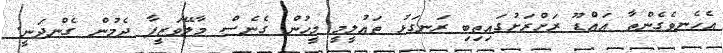
އެހެނވެގެންތާ އައްޑޫ ރަށްރަށުގައިތިބި ރަނގަޅު ތަޢުލީމީ މީހުން ގެނެސް މާލޭވަޒީފާ ދެމުން ގެންދަނީ.